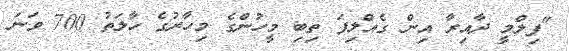
"ފިލްމީ ދާއިރާ އިން ގެއްލިފަ ތިބި މީހުންގެ މިހާރުގެ ހާލަތު 700 ވަނަ